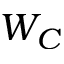
W _ { C }